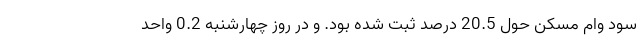
سود وام مسکن حول 20.5 درصد ثبت شده بود. و در روز چهارشنبه 0.2 واحد